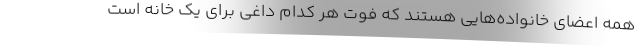
همه اعضای خانواده‌هایی هستند که فوت هر کدام داغی برای یک خانه است